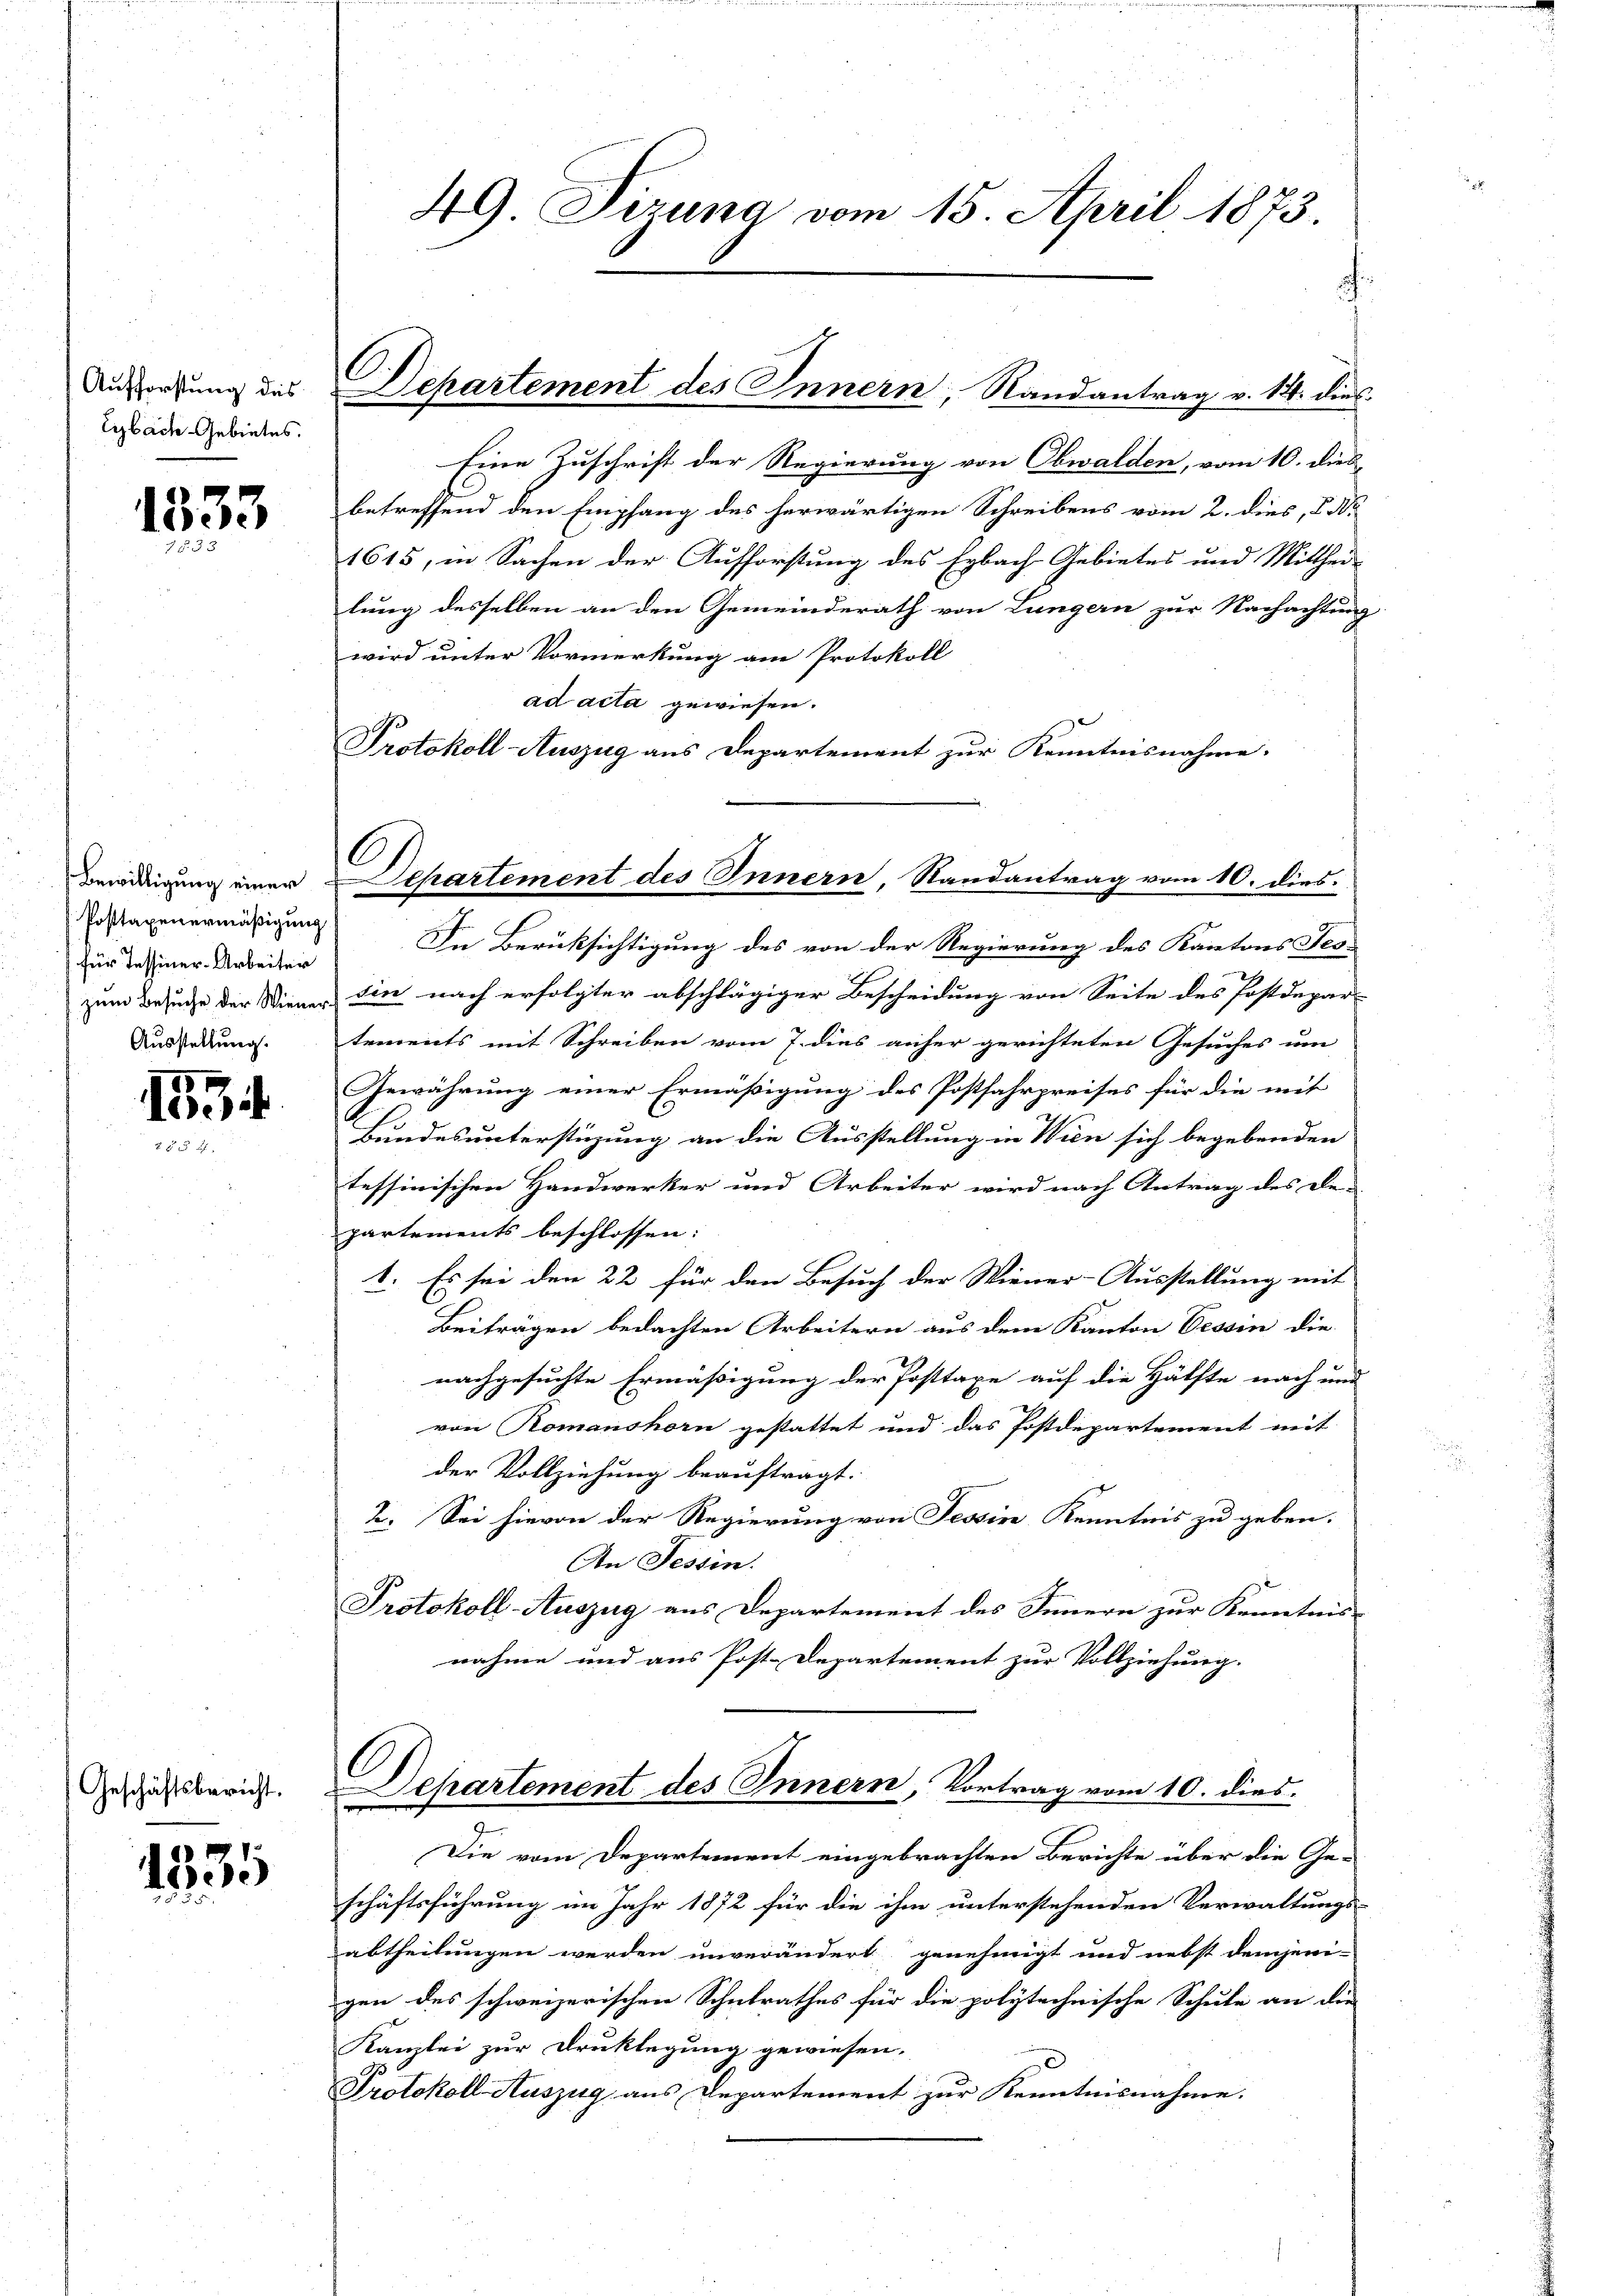
Aufforstung des
Eybach Gebietes.

1333

Bewilligung einer
Posttaxenermäßigung
für Tessiner-Arbeiter
zum Besuche der Wiener
Ausstellung.

1534

Geschäftsbericht.

1935

l
Departement des Innern, Randantrag v. 14. dies

49 Sizung vom 15. April 1873.

Eine Zuschrift der Regierung von Obwalden, vom 10. dies
betreffend den Empfang des herwärtigen Schreibens vom 2. dies, I.
1615, in Sachen der Aufforstung des Erbach Gebietes und Mitthei-
lung desselben an den Gemeinderath von Lungern zur Nachachtung
wird unter Vormerkung am Protokoll
ad acta gewiesen.
Protokoll-Auszug aus Departement zur Kenntnisnahme.
In Berücksichtigung des von der Regierung des Kantons Tes-
sin nach erfolgter abschlägiger Bescheidung von Seite des Postdepar-
tements mit Schreiben vom 7. dies anher gerichteten Gesuches um
Gewährung einer Ermäßigung des Postfahrpreises für die mit
Bundesunterstüzung an die Ausstellung in Wien sich begebenden
tessinischen Handwerker und Arbeiter wird nach Antrag des De-
partements beschlossen:
1. Es sei den 22 für den Besuch der Wiener-Ausstellung mit
Beitragen bedachten Arbeitern aus dem Kanton Tessin die
nachgesuchte Ermäßigung der Posttaxe auf die Hälfte nach und
von Romanshorn gestattet und das Postdepartement mit
der Vollziehung beauftragt.
2. Sei hievon der Regierung von Tessin Kenntnis zu geben.
An Tessin.
Protokoll-Auszug aus Departement des Innern zur Kenntnis-
nahme und aus Post-Departement zur Vollziehung.
Departement des Innern, Vortrag vom 10. dies
Die vom Departement eingebrachten Berichte über die Ge-
schäftsführung im Jahr 1872 für die ihm unterstehenden Verwaltungs-
abtheilungen werden unverändert genehmigt und nebst demjeni-
gen des schweizerischen Schulrathes für die polytechnische Schule an die
Kanzlei zur Drucklegung gewiesen.
75 x
Protokoll-Auszug aus Departement zur Kenntnisnahme.

C
chartement des Innern, Randantrag vom 10. dies